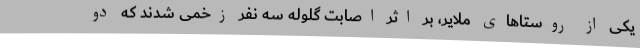
یکی از روستا‌های ملایر، بر اثر اصابت گلوله سه نفر زخمی شدند که دو